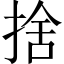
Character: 捨